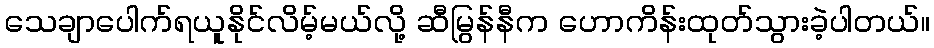
သေချာပေါက်ရယူနိုင်လိမ့်မယ်လို့ ဆီမြွန်နီက ဟောကိန်းထုတ်သွားခဲ့ပါတယ်။